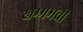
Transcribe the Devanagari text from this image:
खम्ममची